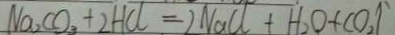
N a _ { 2 } C O _ { 3 } + 2 H C l = 2 N a C l + H _ { 2 } O + C O _ { 2 } \uparrow